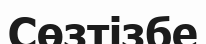
Сөзтізбе